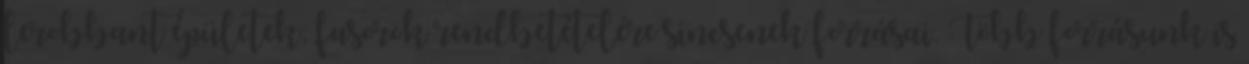
lerobbant épületek, fasorok rendbetételére sincsenek forrásai. Több forrásunk is